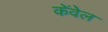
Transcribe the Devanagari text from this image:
केंवेल